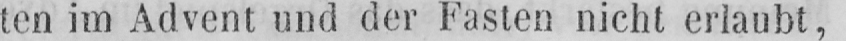
ten im Advent und der Fasten nicht erlaubt,